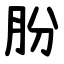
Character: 肦